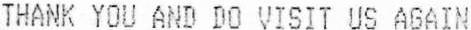
THANK YOU AND DO VISIT US AGAIN